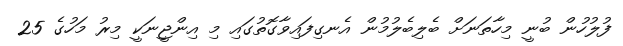
ފުލުހުން ބުނީ މިހާތަނަށް ބެލިބެލުމުން އެނގިފައިވާގޮތުގައި މި އިންޖީނަކީ މިރު މަހުގެ 25